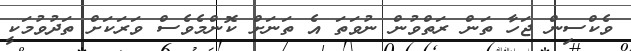
ވެކްސިން ޖަހާ ތަން ރަތްވުން ނުވަތަ އެ ތަނަށް ކޮންމެވެސް ވަރަކަށް ތަދުވުމަކީ